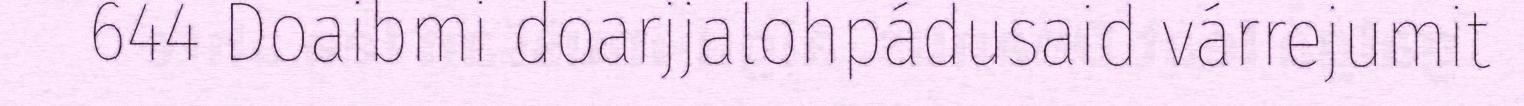
644 Doaibmi doarjjalohpádusaid várrejumit